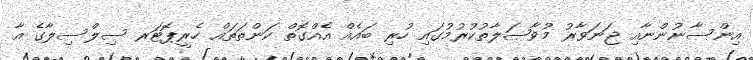
އިންސާނުންނާއި ޖަނަވާރު މުވާޞަލާތުކުރުމުގައި ހުރި ބައެއް އެއްގޮތް ކަންތަތައް ހެރީޕޮޓަރ ސިލްސިލާގެ އާ